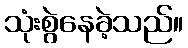
သုံးစွဲနေခဲ့သည်။